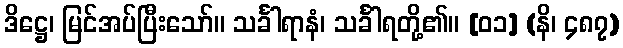
ဒိဋ္ဌေ၊ မြင်အပ်ပြီးသော်။ သင်္ခါရာနံ၊ သင်္ခါရတို့၏။ [၀၁] (နိ၊ ၄၈၇)